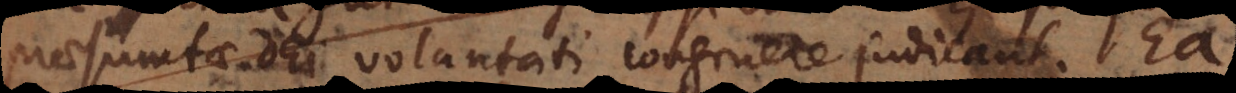
praesumtae Dei voluntati congruere judicant. Ea